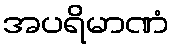
အပရိမာဏံ